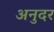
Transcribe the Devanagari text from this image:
अनुदर